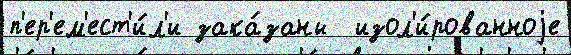
п'ер'ем'ест'и́л'и зака́заны  изол'и́рованноjе